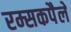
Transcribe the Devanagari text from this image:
रम्सकपैले